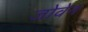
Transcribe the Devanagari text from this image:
जोवेन